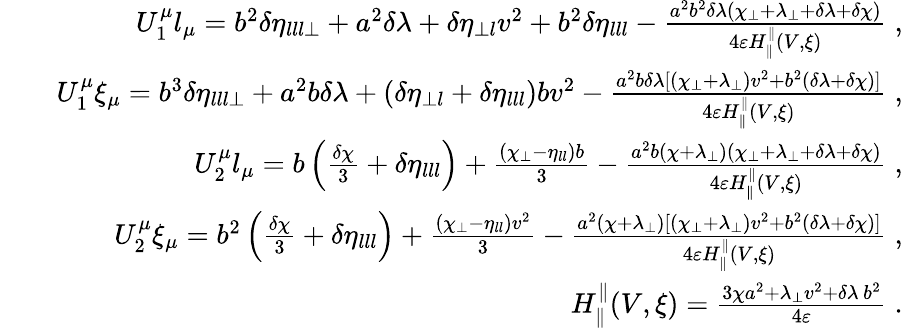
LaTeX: \begin{array}{rlr}&{}&{U_{1}^{\mu}l_{\mu}=b^{2}\delta\eta_{lll\perp}+a^{2}\delta\lambda+\delta\eta_{\perp l}v^{2}+b^{2}\delta\eta_{lll}-\frac{a^{2}b^{2}\delta\lambda(\chi_{\perp}+\lambda_{\perp}+\delta\lambda+\delta\chi)}{4\varepsilon H_{\parallel}^{\parallel}(V,\xi)}\; ,}\\ &{}&{U_{1}^{\mu}\xi_{\mu}=b^{3}\delta\eta_{lll\perp}+a^{2}b\delta\lambda+(\delta\eta_{\perp l}+\delta\eta_{lll})bv^{2}-\frac{a^{2}b\delta\lambda[(\chi_{\perp}+\lambda_{\perp})v^{2}+b^{2}(\delta\lambda+\delta\chi)]}{4\varepsilon H_{\parallel}^{\parallel}(V,\xi)}\; ,}\\ &{}&{U_{2}^{\mu}l_{\mu}=b\left(\frac{\delta\chi}{3}+\delta\eta_{lll}\right)+\frac{(\chi_{\perp}-\eta_{ll})b}{3}-\frac{a^{2}b(\chi+\lambda_{\perp})(\chi_{\perp}+\lambda_{\perp}+\delta\lambda+\delta\chi)}{4\varepsilon H_{\parallel}^{\parallel}(V,\xi)}\; ,}\\ &{}&{U_{2}^{\mu}\xi_{\mu}=b^{2}\left(\frac{\delta\chi}{3}+\delta\eta_{lll}\right)+\frac{(\chi_{\perp}-\eta_{ll})v^{2}}{3}-\frac{a^{2}(\chi+\lambda_{\perp})[(\chi_{\perp}+\lambda_{\perp})v^{2}+b^{2}(\delta\lambda+\delta\chi)]}{4\varepsilon H_{\parallel}^{\parallel}(V,\xi)}\; ,}\\ &{}&{H_{\parallel}^{\parallel}(V,\xi)=\frac{3\chi a^{2}+\lambda_{\perp}v^{2}+\delta\lambda\, b^{2}}{4\varepsilon}\; .}\end{array}